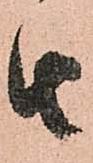
由